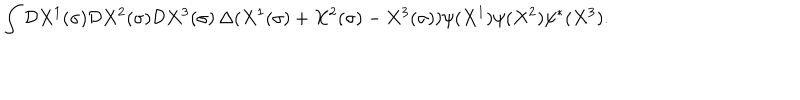
\int { \cal D } X ^ { 1 } ( \sigma ) { \cal D } X ^ { 2 } ( \sigma ) { \cal D } X ^ { 3 } ( \sigma ) \, \Delta ( X ^ { 1 } ( \sigma ) + X ^ { 2 } ( \sigma ) - X ^ { 3 } ( \sigma ) ) \psi ( X ^ { 1 } ) \psi ( X ^ { 2 } ) \psi ^ { * } ( X ^ { 3 } ) .